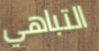
التباهي